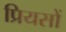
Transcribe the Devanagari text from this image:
प्रियसों